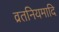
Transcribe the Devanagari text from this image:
व्रतनियमादि